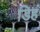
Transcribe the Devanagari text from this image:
डिहं